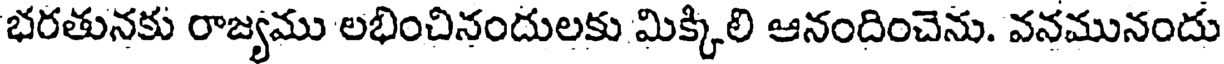
భరతునకు రాజ్యము లభించినందులకు మిక్కిలి ఆనందించెను. వనమునందు